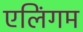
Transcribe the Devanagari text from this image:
एलिंगम